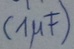
Text: (1µF)